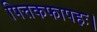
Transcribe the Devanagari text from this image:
पित्तकफापहः।